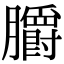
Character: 𦣅